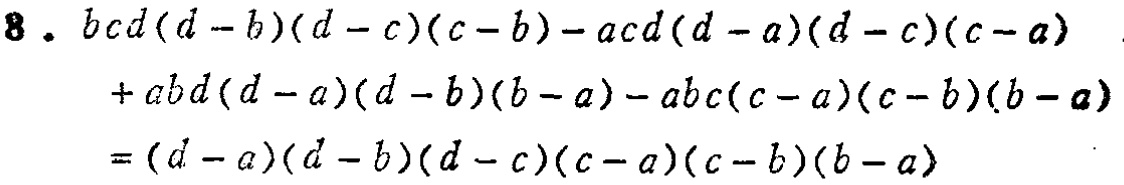
\[

\begin{align*}

&bcd(d - b)(d - c)(c - b)-acd(d - a)(d - c)(c - a)\\

&+abd(d - a)(d - b)(b - a)-abc(c - a)(c - b)(b - a)\\

&=(d - a)(d - b)(d - c)(c - a)(c - b)(b - a)

\end{align*}

\]